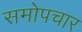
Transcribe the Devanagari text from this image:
समोपचार